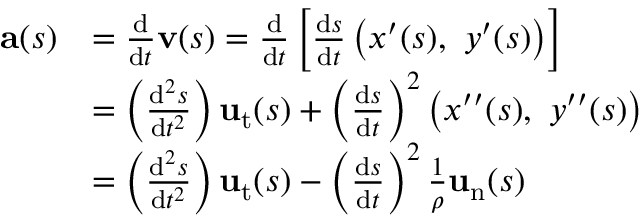
{ \begin{array} { r l } { \mathbf { a } ( s ) } & { = { \frac { \mathrm { d } } { \mathrm { d } t } } \mathbf { v } ( s ) = { \frac { \mathrm { d } } { \mathrm { d } t } } \left[ { \frac { \mathrm { d } s } { \mathrm { d } t } } \left( x ^ { \prime } ( s ) , \ y ^ { \prime } ( s ) \right) \right] } \\ & { = \left( { \frac { \mathrm { d } ^ { 2 } s } { \mathrm { d } t ^ { 2 } } } \right) \mathbf { u } _ { \mathrm { t } } ( s ) + \left( { \frac { \mathrm { d } s } { \mathrm { d } t } } \right) ^ { 2 } \left( x ^ { \prime \prime } ( s ) , \ y ^ { \prime \prime } ( s ) \right) } \\ & { = \left( { \frac { \mathrm { d } ^ { 2 } s } { \mathrm { d } t ^ { 2 } } } \right) \mathbf { u } _ { \mathrm { t } } ( s ) - \left( { \frac { \mathrm { d } s } { \mathrm { d } t } } \right) ^ { 2 } { \frac { 1 } { \rho } } \mathbf { u } _ { \mathrm { n } } ( s ) } \end{array} }